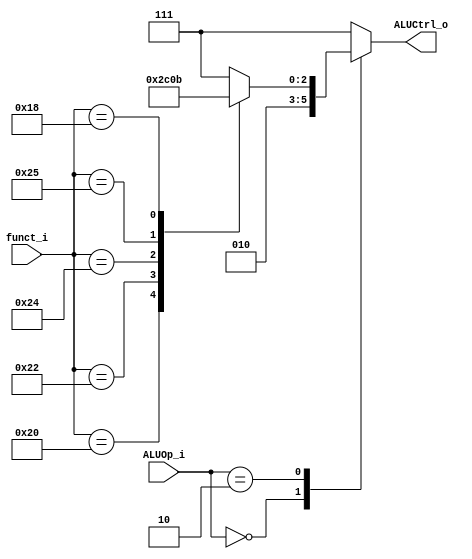
module ALU_Control
(
    funct_i,
    ALUOp_i,
    ALUCtrl_o
);

// Ports
input   [5:0]       funct_i;
input   [1:0]       ALUOp_i;
output  [2:0]      	ALUCtrl_o;

reg		[2:0]      	ALUCtrl_o;

always@(funct_i or ALUOp_i) begin
    case (ALUOp_i)
		2'b00 :				ALUCtrl_o = 3'b010; //ADD
		2'b10 : begin
			case(funct_i)
				6'b100000 :	ALUCtrl_o = 3'b010; //ADD
				6'b100010 :	ALUCtrl_o = 3'b110; //SUB
				6'b100100 :	ALUCtrl_o = 3'b000; //AND
				6'b100101 :	ALUCtrl_o = 3'b001; //OR
				6'b011000 :	ALUCtrl_o = 3'b011; //MUL
				default	  : ALUCtrl_o = 3'b111;
			endcase
		end
		default: 			ALUCtrl_o = 3'b111;
	endcase
end

endmodule